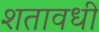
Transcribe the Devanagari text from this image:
शतावधी